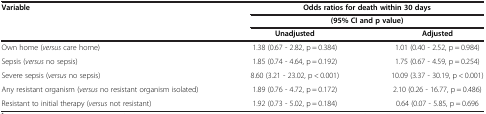
<table><thead><tr><td><b>Variable</b></td><td colspan="2"><b>Odds ratios for death within 30 days</b></td></tr><tr><td><b> </b></td><td colspan="2"><b>(95% CI and p value)</b></td></tr><tr><td><b> </b></td><td><b>Unadjusted</b></td><td><b>Adjusted</b></td></tr></thead><tbody><tr><td>Own home (<i>versus</i> care home)</td><td>1.38 (0.67 - 2.82, p = 0.384)</td><td>1.01 (0.40 - 2.52, p = 0.984)</td></tr><tr><td>Sepsis (<i>versus</i> no sepsis)</td><td>1.85 (0.74 - 4.64, p = 0.192)</td><td>1.75 (0.67 - 4.59, p = 0.254)</td></tr><tr><td>Severe sepsis (<i>versus</i> no sepsis)</td><td>8.60 (3.21 - 23.02, p &lt; 0.001)</td><td>10.09 (3.37 - 30.19, p &lt; 0.001)</td></tr><tr><td>Any resistant organism (<i>versus</i> no resistant organism isolated)</td><td>1.89 (0.76 - 4.72, p = 0.172)</td><td>2.10 (0.26 - 16.77, p = 0.486)</td></tr><tr><td>Resistant to initial therapy (<i>versus</i> not resistant)</td><td>1.92 (0.73 - 5.02, p = 0.184)</td><td>0.64 (0.07 - 5.85, p = 0.696</td></tr></tbody></table>